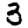
Digit: 3